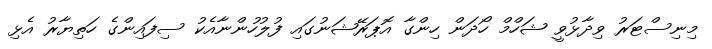
މިނިސްޓަރު ވިދާޅުވީ ޝަހްމް ހޯދަން ހިންގާ އޮޕަރޭޝަނުގައި ފުލުހުންނާއެކު ސިފައިންގެ ހަތިޔާރު އެޅި